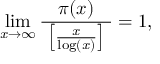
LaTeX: \operatorname* { l i m } _ { x \to \infty } { \frac { \; \pi ( x ) \; } { \; \left[ { \frac { x } { \log ( x ) } } \right] \; } } = 1 ,